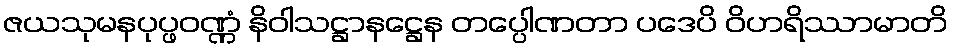
ဇယသုမနပုပ္ဖဝဏ္ဏံ နိဝါသဋ္ဌာနဋ္ဌေန တပ္ပေါဏတာ ပဒေပိ ဝိဟရိဿာမာတိ